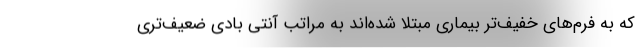
که به فرم‌های خفیف‌تر بیماری مبتلا شده‌اند به مراتب آنتی بادی ضعیف‌تری